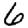
Digit: 6